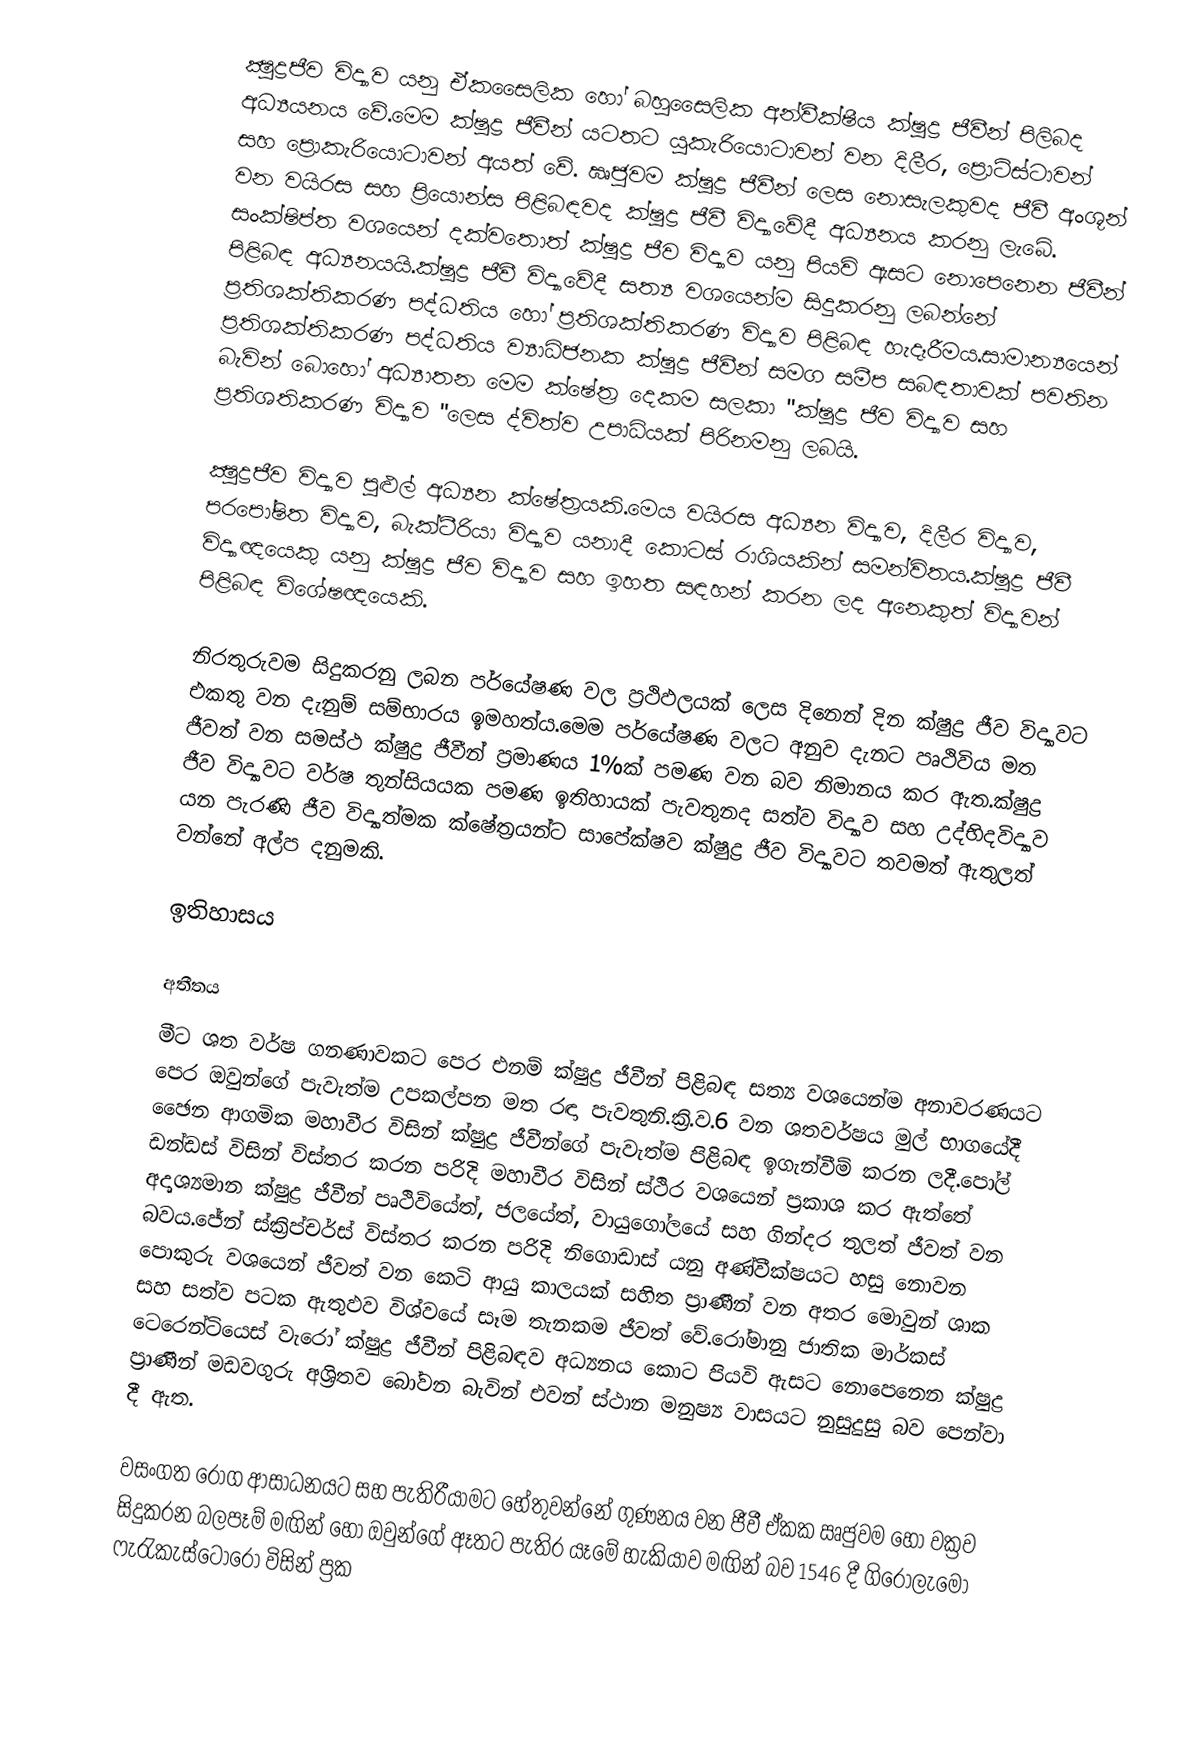
ක්‍ෂුද්‍රජීව විද්‍යාව යනු ඒකසෛලික හෝ බහුසෛලික අන්වීක්ෂීය ක්ෂුද්‍ර ජීවීන් පිලිබද අධ්‍යයනය වේ.මෙම ක්ෂුද්‍ර ජීවීන් යටතට යුකැරියොටාවන් වන දිලීර, ප්‍රොටිස්ටාවන් සහ ප්‍රොකැරියොටාවන් අයත් වේ. ඍජුවම ක්ෂුද්‍ර ජීවීන් ලෙස නොසැලකුවද ජීවී අංශූන් වන වයිරස සහ ප්‍රියොන්ස පිළිබඳවද ක්ෂුද්‍ර ජීවී විද්‍යාවේදී අධ්‍යනය කරනු ලැබේ. සංක්ෂිප්ත වශයෙන් දක්වතොත් ක්ෂුද්‍ර ජීව විද්‍යාව යනු පියවි ඇසට නොපෙනෙන ජීවීන් පිළිබඳ අධ්‍යනයයි.ක්ෂුද්‍ර ජීවී විද්‍යාවේදී සත්‍ය වශයෙන්ම සිදුකරනු ලබන්නේ ප්‍රතිශක්තිකරණ පද්ධතිය හෝ ප්‍රතිශක්තිකරණ විද්‍යාව පිළිබඳ හැදෑරීමය.සාමාන්‍යයෙන් ප්‍රතිශක්තිකරණ පද්ධතිය ව්‍යාධිජනක ක්ෂුද්‍ර ජීවීන් සමග සමීප සබඳතාවක් පවතින බැවින් බොහෝ අධ්‍යාතන මෙම ක්ෂේත්‍ර දෙකම සලකා "ක්ෂුද්‍ර ජීව විද්‍යාව සහ ප්‍රතිශතිකරණ විද්‍යාව "ලෙස ද්විත්ව උපාධියක් පිරිනමනු ලබයි.

ක්‍ෂුද්‍රජීව විද්‍යාව පුළුල් අධ්‍යන ක්ෂේත්‍රයකි.මෙය වයිරස අධ්‍යන විද්‍යාව, දිලීර විද්‍යාව, පරපෝෂිත විද්‍යාව, බැක්ටීරියා විද්‍යාව යනාදී කොටස් රාශියකින් සමන්විතය.ක්ෂුද්‍ර ජීවී විද්‍යාඥයෙකු යනු ක්ෂුද්‍ර ජීව විද්‍යාව සහ ඉහත සඳහන් කරන ලද අනෙකුත් විද්‍යාවන් පිළිබඳ විශේෂඥයෙකි.

නිරතුරුවම සිදුකරනු ලබන පර්යේෂණ වල ප්‍රථිඵලයක් ලෙස දිනෙන් දින ක්ෂුද්‍ර ජීව විද්‍යාවට එකතු වන දැනුම් සම්භාරය ඉමහත්ය.මෙම පර්යේෂණ වලට අනුව දැනට පෘථිවිය මත ජීවත් වන සමස්ථ ක්ෂුද්‍ර ජීවීන් ප්‍රමාණය 1%ක් පමණ වන බව නිමානය කර ඇත.ක්ෂුද්‍ර ජීව විද්‍යාවට වර්ෂ තුන්සියයක පමණ ඉතිහායක් පැවතුනද සත්ව විද්‍යාව සහ උද්භිදවිද්‍යාව යන පැරණි ජීව විද්‍යාත්මක ක්ෂේත්‍රයන්ට සාපේක්ෂව ක්ෂුද්‍ර ජීව විද්‍යාවට තවමත් ඇතුලත් වන්නේ අල්ප දනුමකි.

ඉතිහාසය

අතීතය
මීට ශත වර්ෂ ගනණාවකට පෙර එනම් ක්ෂුද්‍ර ජීවීන් පිළිබඳ සත්‍ය වශයෙන්ම අනාවරණයට පෙර ඔවුන්ගේ පැවැත්ම උපකල්පන මත රඳා පැවතුනි.ක්‍රි.ව.6 වන ශතවර්ෂය මුල් භාගයේදී ඡෛන ආගමික මහාවීර විසින් ක්ෂුද්‍ර ජීවීන්ගේ පැවැත්ම පිළිබඳ ඉගැන්වීම් කරන ලදී.පෝල් ඩන්ඩස් විසින් විස්තර කරන පරිදි මහාවීර විසින් ස්ථිර වශයෙන් ප්‍රකාශ කර ඇත්තේ අදෘශ්‍යමාන ක්ෂුද්‍ර ජීවීන් පෘථිවියේත්, ජලයේත්, වායුගෝලයේ සහ ගින්දර තුලත් ජීවත් වන බවය.ජේන් ස්ක්‍රිප්චර්ස් විස්තර කරන පරිදි නිගොඩාස් යනු අණ්වීක්ෂයට හසු නොවන පොකුරු වශයෙන් ජීවත් වන කෙටි ආයු කාලයක් සහිත ප්‍රාණීන් වන අතර මොවුන් ශාක සහ සත්ව පටක ඇතුඵව විශ්වයේ සෑම තැනකම ජීවත් වේ.රෝමානු ජාතික මාර්කස් ටෙරෙන්ටියෙස් වැරෝ ක්ෂුද්‍ර ජීවීන් පිළිබඳව අධ්‍යනය කොට පියවි ඇසට නොපෙනෙන ක්ෂුද්‍ර ප්‍රාණීන් මඩවගුරු අශ්‍රිතව බෝවන බැවින් එවන් ස්ථාන මනුෂ්‍ය වාසයට නුසුදුසු බව පෙන්වා දී ඇත.

වසංගත රෝග ආසාධනයට සහ පැතිරීයාමට හේතුවන්නේ ගුණනය වන ජීවී ඒකක ඍජුවම හෝ වක්‍රව සිදුකරන බලපෑම් මඟින් හෝ ඔවුන්ගේ ඈතට පැතිර යෑමේ හැකියාව මඟින් බව 1546 දී ගිරොලැමෝ ෆැරැකැස්ටෝරෝ විසින් ප්‍රක